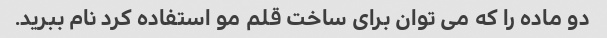
دو ماده را که می توان برای ساخت قلم مو استفاده کرد نام ببرید.